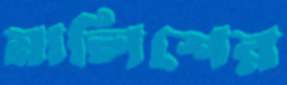
মালিশের